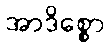
အာဒိစ္စော